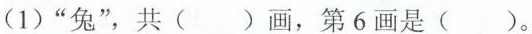
(1)”兔”，共( )画，第6画是( )。